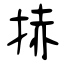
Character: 捇